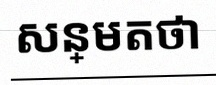
សន្មតថា x ជាចំនួនពិត